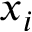
x _ { i }